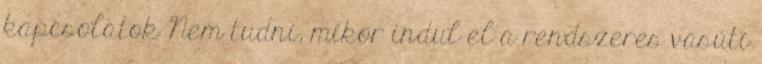
kapcsolatok Nem tudni, mikor indul el a rendszeres vasúti